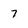
Character: 7